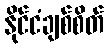
နိုင်ငံချစ်စိတ်